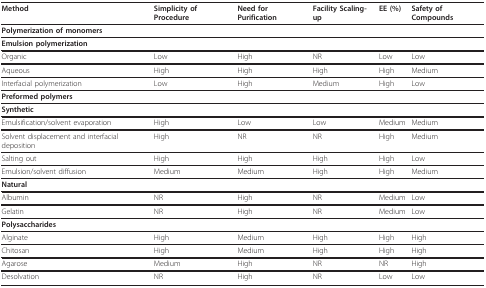
<table><thead><tr><td><b>Method</b></td><td><b>Simplicity of Procedure</b></td><td><b>Need for Purification</b></td><td><b>Facility Scaling-up</b></td><td><b>EE (%)</b></td><td><b>Safety of Compounds</b></td></tr></thead><tbody><tr><td><b>Polymerization of monomers</b></td><td></td><td></td><td></td><td></td><td></td></tr><tr><td><b>Emulsion polymerization</b></td><td></td><td></td><td></td><td></td><td></td></tr><tr><td>Organic</td><td>Low</td><td>High</td><td>NR</td><td>Low</td><td>Low</td></tr><tr><td>Aqueous</td><td>High</td><td>High</td><td>High</td><td>High</td><td>Medium</td></tr><tr><td>Interfacial polymerization</td><td>Low</td><td>High</td><td>Medium</td><td>High</td><td>Low</td></tr><tr><td><b>Preformed polymers</b></td><td></td><td></td><td></td><td></td><td></td></tr><tr><td><b>Synthetic</b></td><td></td><td></td><td></td><td></td><td></td></tr><tr><td>Emulsification/solvent evaporation</td><td>High</td><td>Low</td><td>Low</td><td>Medium</td><td>Medium</td></tr><tr><td>Solvent displacement and interfacial deposition</td><td>High</td><td>NR</td><td>NR</td><td>High</td><td>Medium</td></tr><tr><td>Salting out</td><td>High</td><td>High</td><td>High</td><td>High</td><td>Low</td></tr><tr><td>Emulsion/solvent diffusion</td><td>Medium</td><td>Medium</td><td>High</td><td>High</td><td>Medium</td></tr><tr><td><b>Natural</b></td><td></td><td></td><td></td><td></td><td></td></tr><tr><td>Albumin</td><td>NR</td><td>High</td><td>NR</td><td>Medium</td><td>Low</td></tr><tr><td>Gelatin</td><td>NR</td><td>High</td><td>NR</td><td>Medium</td><td>Low</td></tr><tr><td><b>Polysaccharides</b></td><td></td><td></td><td></td><td></td><td></td></tr><tr><td>Alginate</td><td>High</td><td>Medium</td><td>High</td><td>High</td><td>High</td></tr><tr><td>Chitosan</td><td>High</td><td>Medium</td><td>High</td><td>High</td><td>High</td></tr><tr><td>Agarose</td><td>Medium</td><td>High</td><td>NR</td><td>NR</td><td>High</td></tr><tr><td>Desolvation</td><td>NR</td><td>High</td><td>NR</td><td>Low</td><td>Low</td></tr></tbody></table>